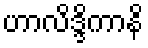
ဟာလိဒ္ဒိကာနိ